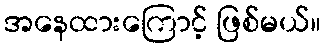
အနေထားကြောင့် ဖြစ်မယ်။